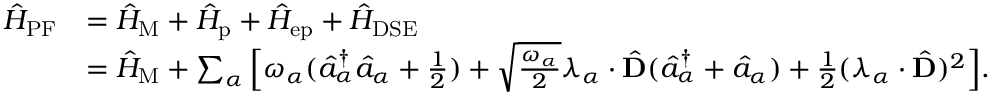
\begin{array} { r l } { \hat { H } _ { \mathrm { P F } } } & { = \hat { H } _ { \mathrm { M } } + \hat { H } _ { \mathrm { p } } + \hat { H } _ { \mathrm { e p } } + \hat { H } _ { \mathrm { D S E } } } \\ & { = \hat { H } _ { \mathrm { M } } + \sum _ { \alpha } \Big [ \omega _ { \alpha } ( \hat { a } _ { \alpha } ^ { \dag } \hat { a } _ { \alpha } + \frac { 1 } { 2 } ) + \sqrt { \frac { \omega _ { \alpha } } { 2 } } \boldsymbol { \lambda } _ { \alpha } \cdot \hat { \mathbf { D } } ( \hat { a } _ { \alpha } ^ { \dag } + \hat { a } _ { \alpha } ) + \frac { 1 } { 2 } ( \boldsymbol { \lambda } _ { \alpha } \cdot \hat { \mathbf { D } } ) ^ { 2 } \Big ] . } \end{array}